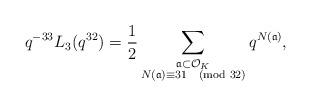
LaTeX: \begin{align*} q^{-33} L_{3}(q^{32}) = \frac{1}{2} \sum_{\substack{\frak{a} \subset \mathcal{O}_{K} \\ N(\frak{a}) \equiv 31 \pmod{32}}} q^{N(\frak{a})},\end{align*}